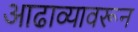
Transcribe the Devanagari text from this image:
आढाव्यावरून